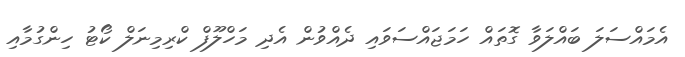
އެމައްސަލަ ބައްލަވާ ގޮތައް ހަމަޖައްސަވައި ދެއްވުން އެދި މަހްލޫފް ކްރިމިނަލް ކޯޓު ހިންގުމާއި